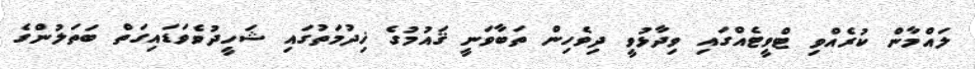
ލައްމާން ކުރެއްވި ޓްވީޓެއްގައި ވިދާޅުވީ ދިވެހިން ތަބާވަނީ ޤައުމުގެ ޚިދުމަތުގައި ޝަހީދުވެވަޑައިގަތް ބަތަލުންގެ